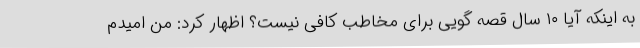
به اینکه آیا ۱۰ سال قصه گویی برای مخاطب کافی نیست؟ اظهار کرد: من امیدم